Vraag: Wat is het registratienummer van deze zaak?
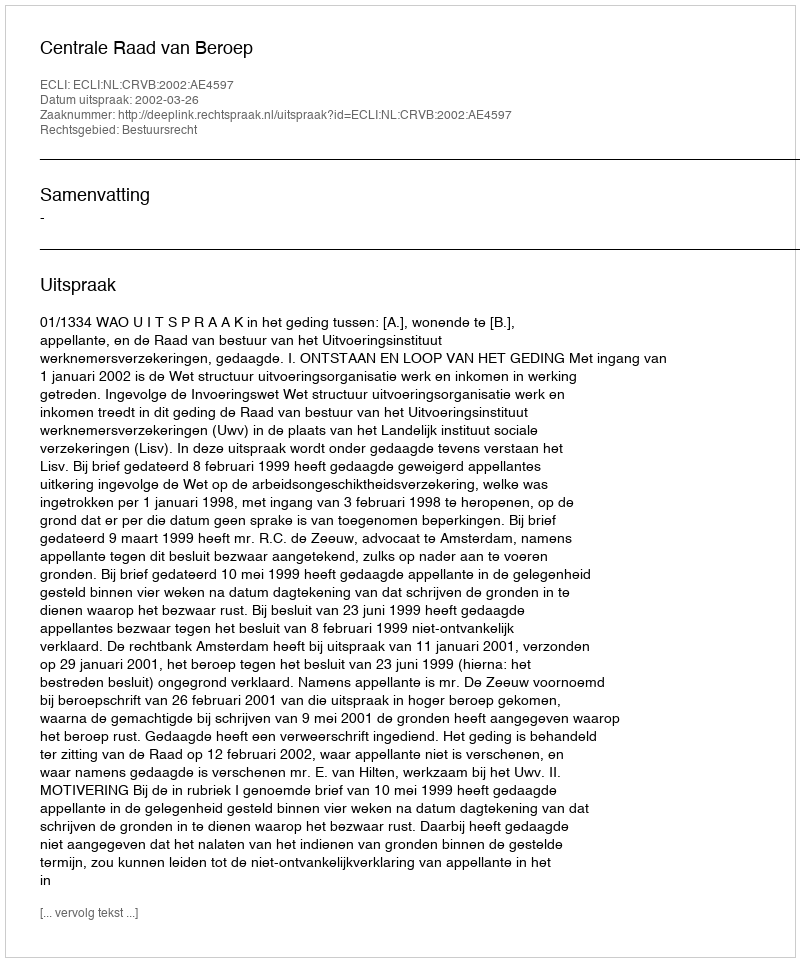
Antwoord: http://deeplink.rechtspraak.nl/uitspraak?id=ECLI:NL:CRVB:2002:AE4597